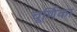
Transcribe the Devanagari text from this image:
चूर्णिका